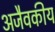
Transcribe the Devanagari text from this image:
अजैवकीय